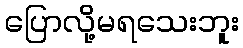
ပြောလို့မရသေးဘူး